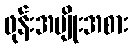
ဖုန်းအမျိုးအစား